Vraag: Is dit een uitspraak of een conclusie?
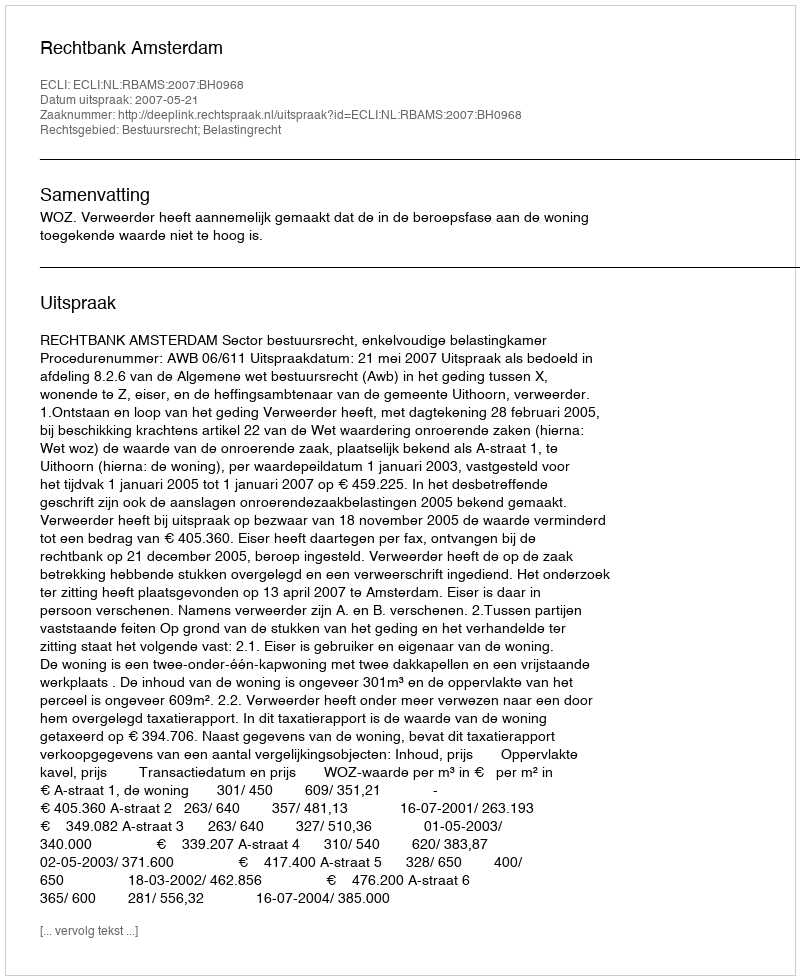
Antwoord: Uitspraak